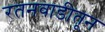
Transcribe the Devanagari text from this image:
रतनवाडीतून